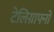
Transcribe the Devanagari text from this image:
टेलिग्राफ्नो